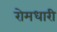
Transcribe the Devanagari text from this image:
रोमधारी